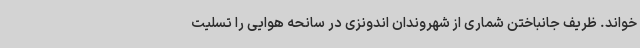
خواند. ظریف جانباختن شماری از شهروندان اندونزی در سانحه هوایی را تسلیت